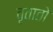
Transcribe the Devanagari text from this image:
वृतातों